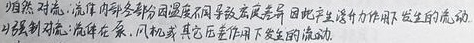
自然对流：流体中多部分因温度不同导致密度差异，因此产生升力作用下发生的流动。

强制对流：流体在泵、风机或其它压差作用下发生的流动。